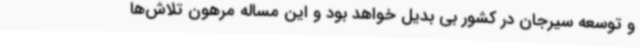
و توسعه سیرجان در کشور بی بدیل خواهد بود و این مساله مرهون تلاش‌ها